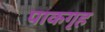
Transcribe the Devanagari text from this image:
पाकगृह